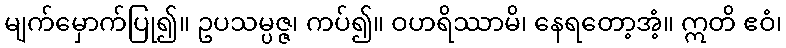
မျက်မှောက်ပြု၍။ ဥပသမ္ပဇ္ဇ၊ ကပ်၍။ ဝဟရိဿာမိ၊ နေရတော့အံ့။ ဣတိ ဧဝံ၊